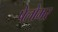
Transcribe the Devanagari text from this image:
पेलोमर